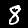
Label: 8